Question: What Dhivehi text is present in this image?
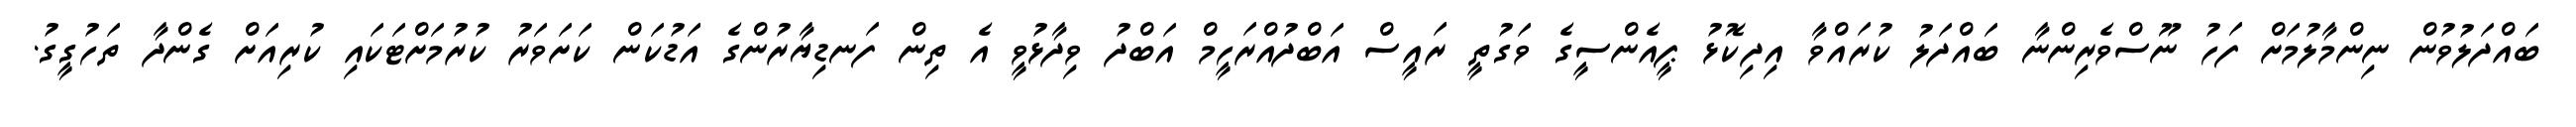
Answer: ބައްދަލުވުން ނިންމާލުމަށް ފަހު ނޫސްވެރިންނާ ބައްދަލު ކުރައްވާ އިދިކޮޅު ޕީއެންސީގެ ވަގުތީ ރައީސް އަބްދުއްރަހީމް އަބްދު ވިދާޅުވީ އެ ތިން ފަނޑިޔާރުންގެ އަޑުކަން ކަށަވަރު ކުރުމަށްޓަކައި ކުރިއަށް ގެންދާ ތަހުގީގު.